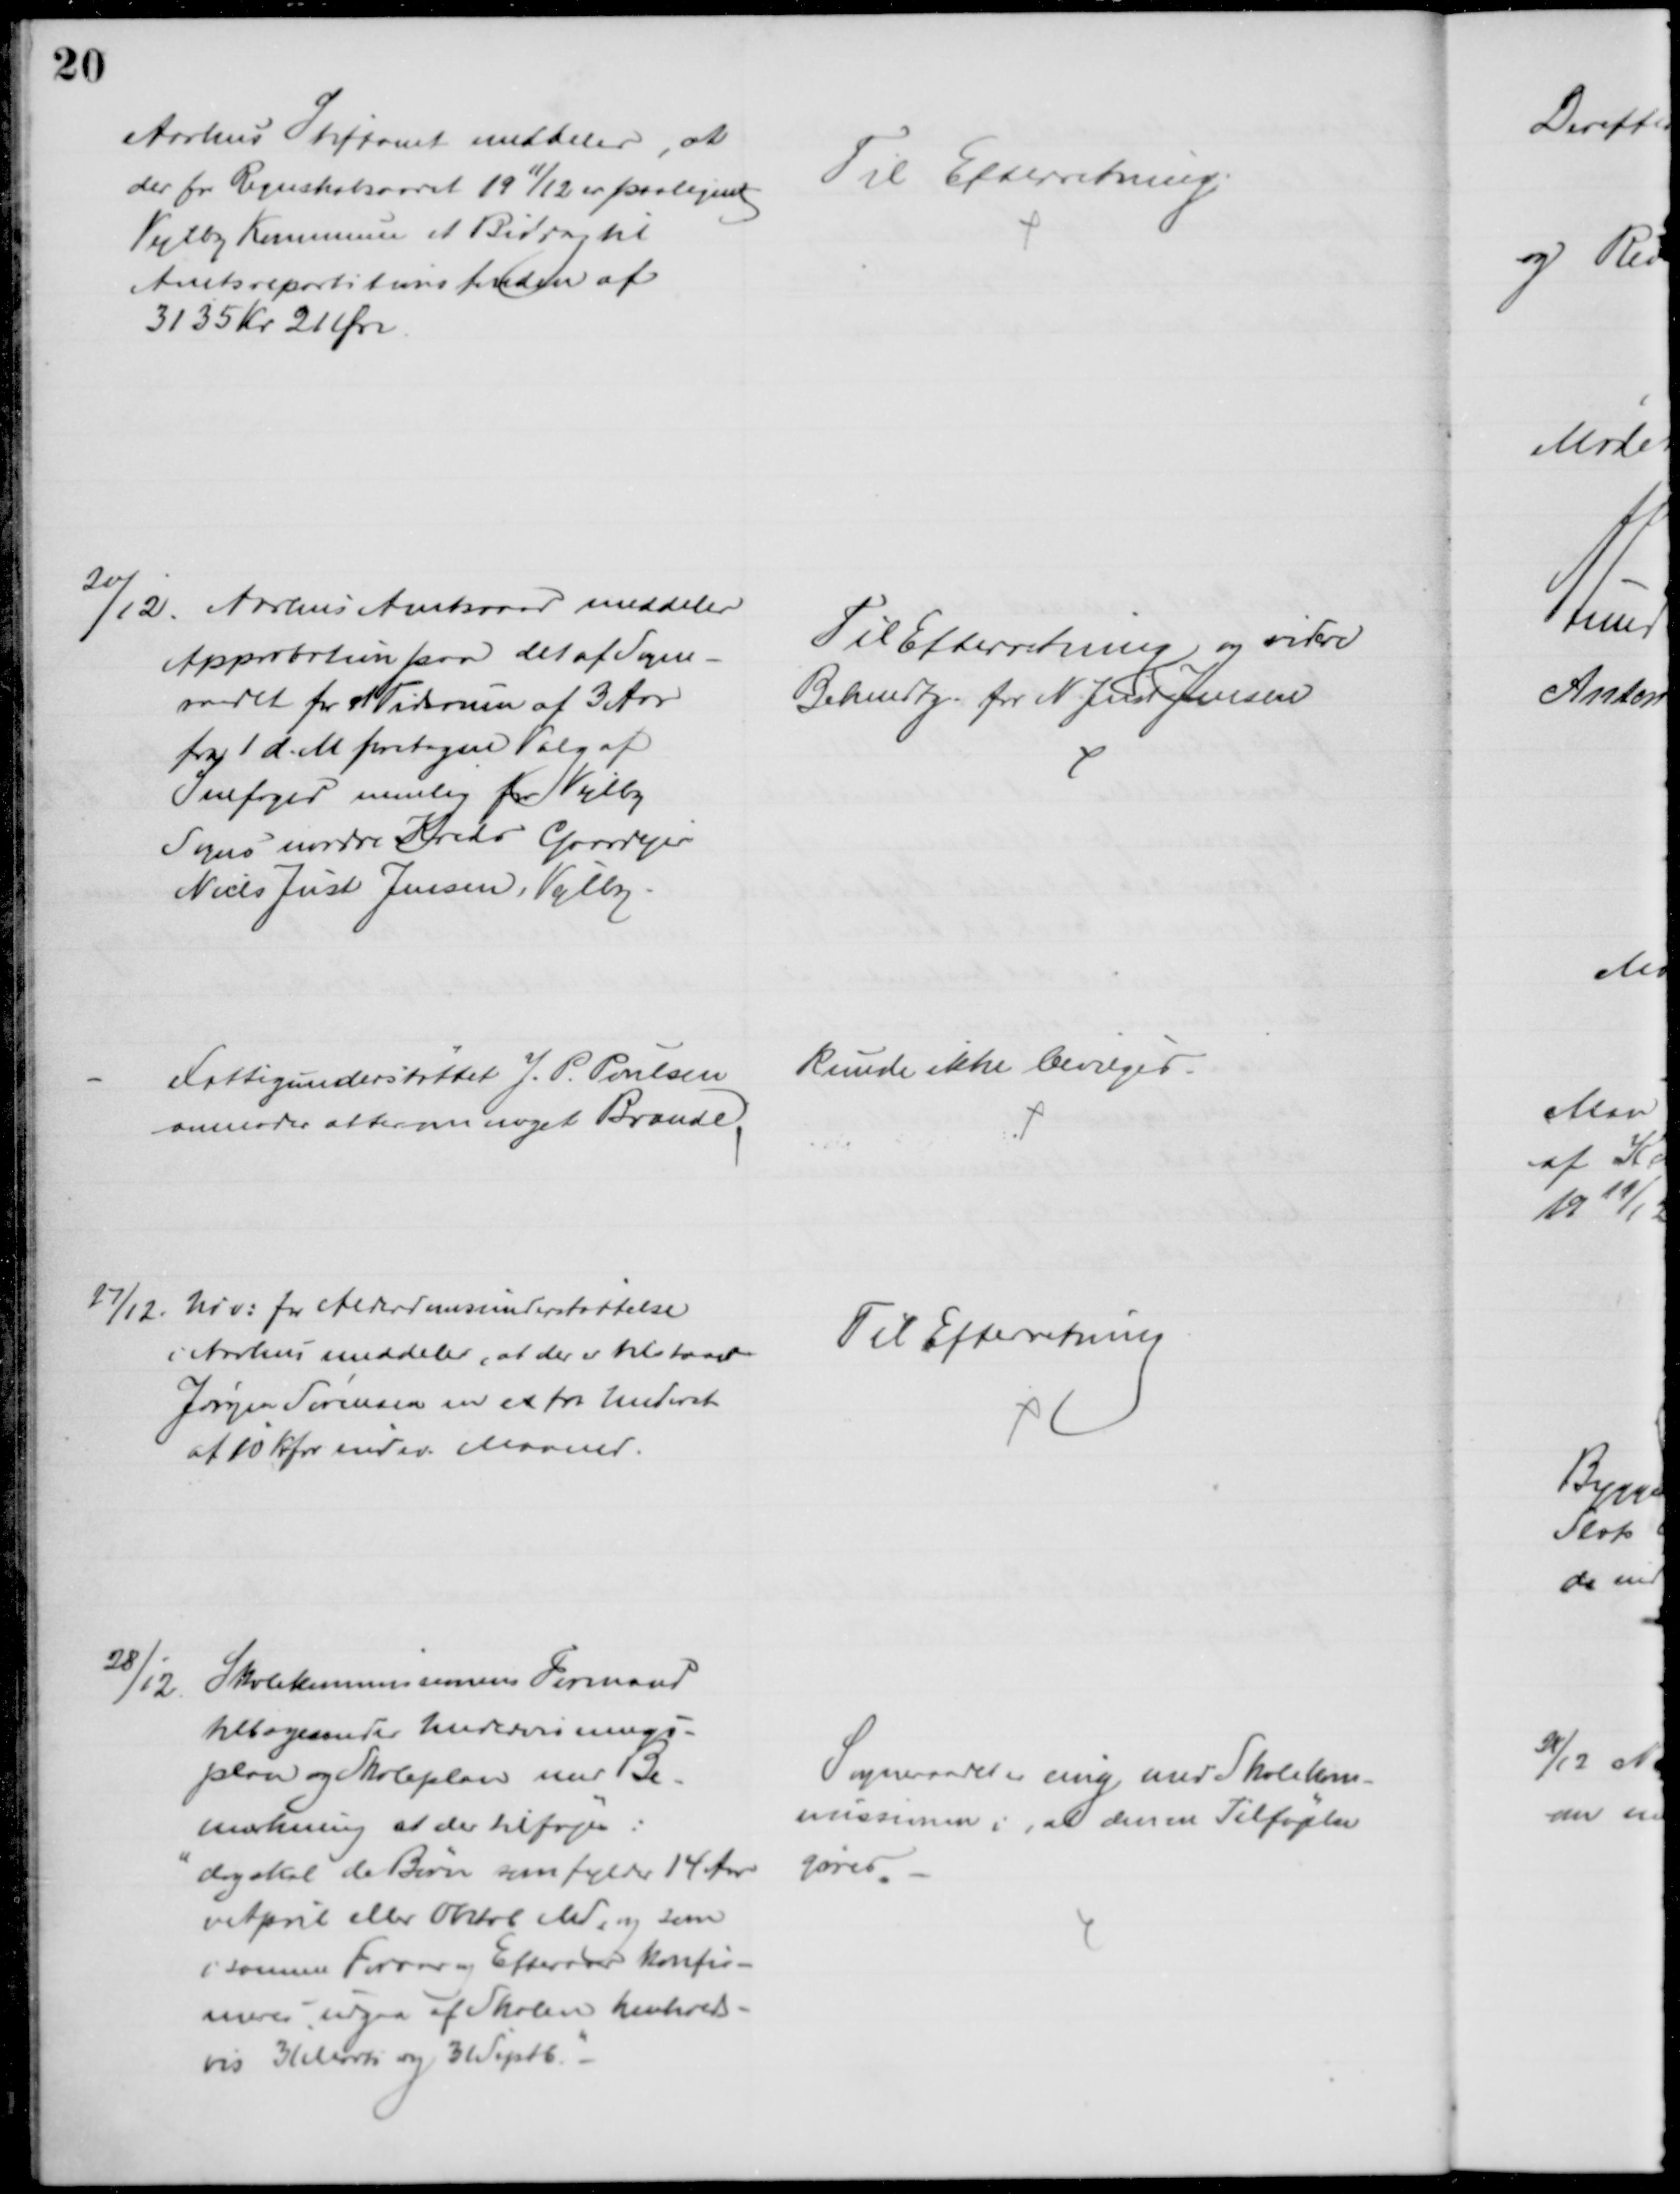
Transskription:
Aarhus Stiftamt meddeler, at
der for Regnskabsaaret 1911/12 er paalignet
Vejlby Kommune et Bidrag til
Amtsrepartitionsfonden af
3135 Kr 21 Øre.
Til Efterretning.
20/12. Aarhus Amtsraad meddeler
Approbation paa det af Sogne-
raadet for et Tidsrum af 3 Aar
fra 1 d. M foretagne Valg af
Snefoged nemlig for Vejlby
Sogns nordre Kreds Gaardejer
Niels Just Jensen, Vejlby.
Til Efterretning, og videre
Bekendtg. for N. Just Jensen
Fattigunderstøttet J. P. Poulsen
anmoder atter om noget Brænde.
Kunde ikke bevilges
27/12. Udv. for Alderdomsunderstøttelse
i Aarhus meddeler, at der er tilstaaet
Jørgen Sørensen en extra Underst
af 10 Kr for indev. Maaned.
Til Efterretning
28/12.
Skolekommissionens Formand
tilbagesender Undervisnings-
plan og Skoleplan med Be-
mærkning at der tilføjes:
"dog skal de Børn som fylder 14 Aar
i April eller Oktob Md, og som
i samme Foraar og Efteraar konfir-
meres udgaa af Skolen henhold-
vis 31 Marts og 31 Septb." 
Sogneraadet er enig med Skolekom-
missionen i, at denne Tilføjelse
gøres.